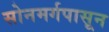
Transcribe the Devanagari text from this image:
सोनमर्गपासून